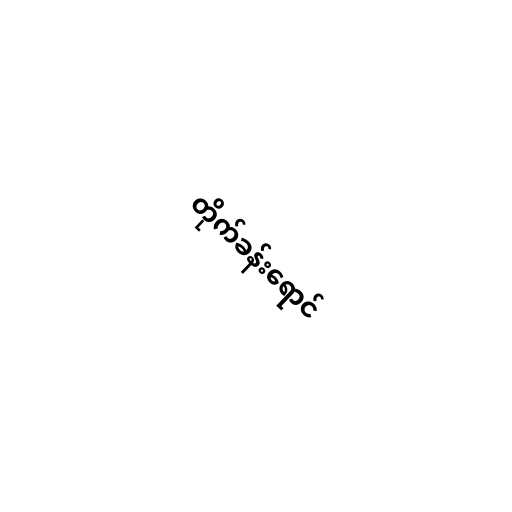
တိုက်ခန်းရောင်